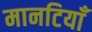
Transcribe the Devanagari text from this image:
मानटियाँ